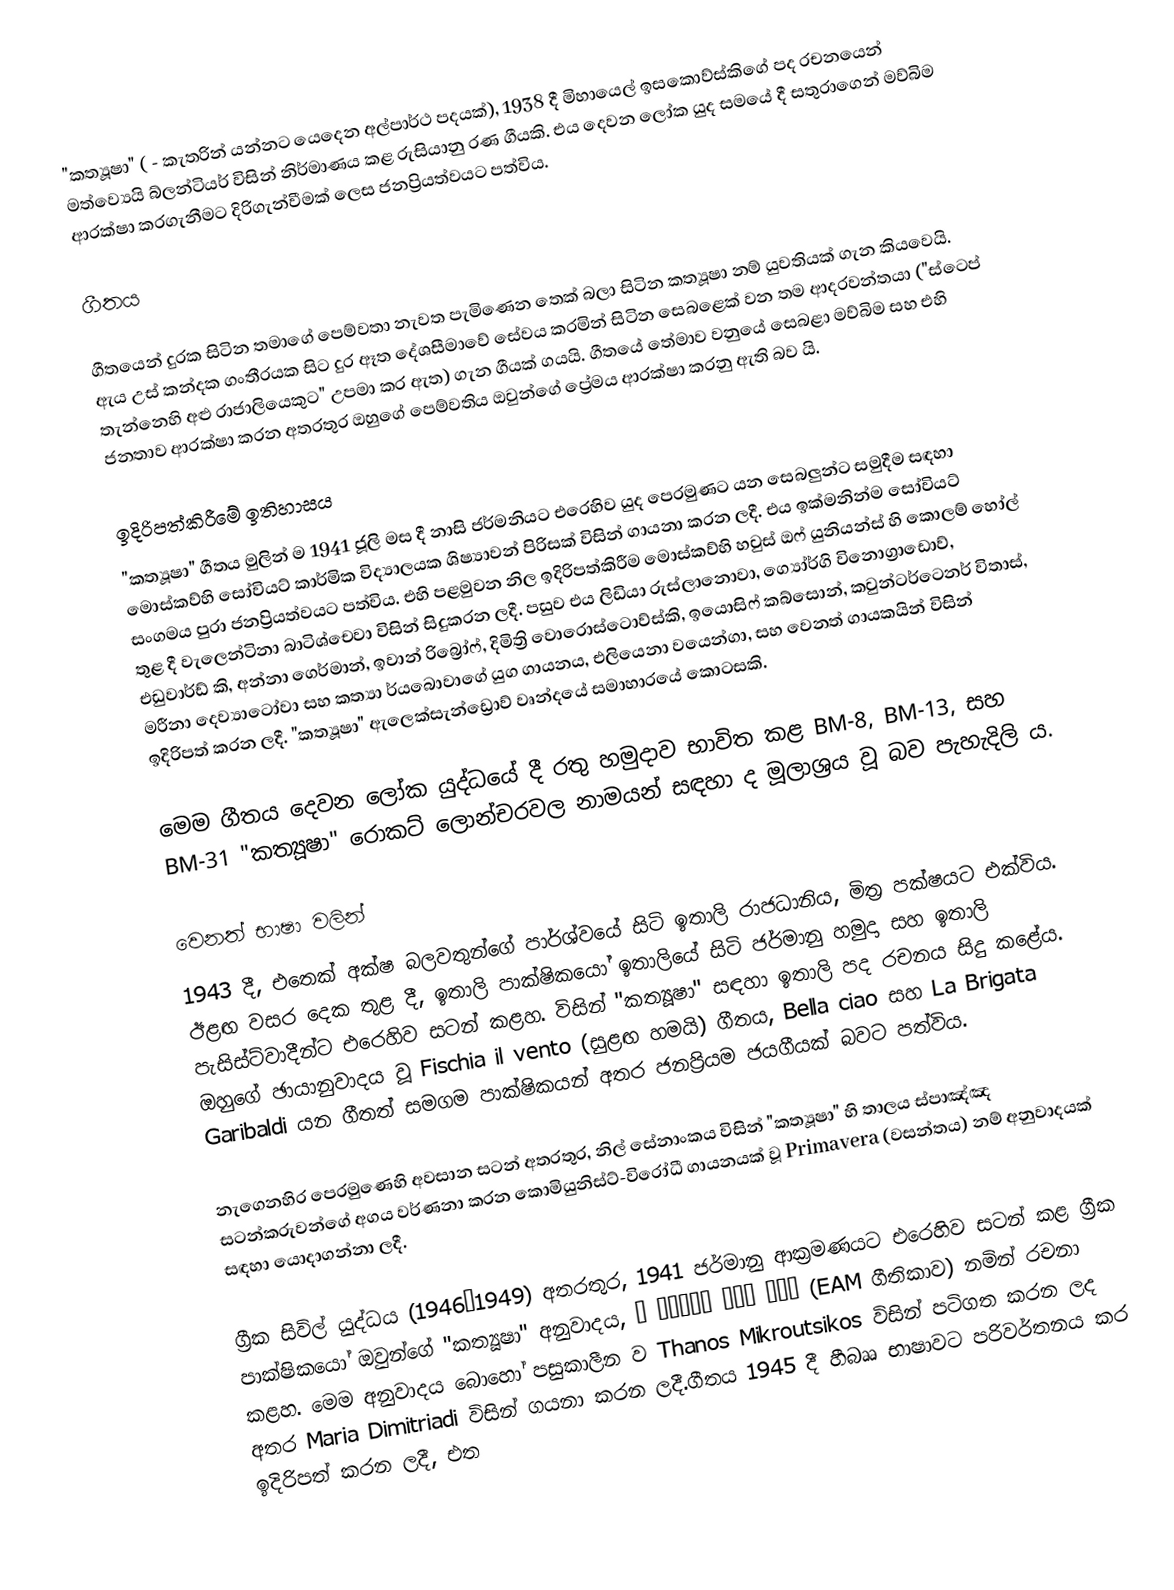
"කත්‍යූෂා" ( - කැතරින් යන්නට යෙදෙන අල්පාර්ථ පදයක්), 1938 දී මිහායෙල් ඉසකොව්ස්කිගේ පද රචනයෙන් මත්ව්‍යෙයි බ්ලන්ටියර් විසින් නිර්මාණය කළ රුසියානු රණ ගීයකි. එය දෙවන ලෝක යුද සමයේ දී සතුරාගෙන් මව්බිම ආරක්ෂා කරගැනීමට දිරිගැන්වීමක් ලෙස ජනප්‍රියත්වයට පත්විය.

ගීතය

ගීතයෙන් දුරක සිටින තමාගේ පෙම්වතා නැවත පැමිණෙන තෙක් බලා සිටින කත්‍යූෂා නම් යුවතියක් ගැන කියවෙයි. ඇය උස් කන්දක ගංතීරයක සිට දුර ඈත දේශසීමාවේ සේවය කරමින් සිටින සෙබළෙක් වන තම ආදරවන්තයා ("ස්ටෙප් තැන්නෙහි අළු රාජාලියෙකුට" උපමා කර ඇත) ගැන ගීයක් ගයයි. ගීතයේ තේමාව වනුයේ සෙබළා මව්බිම සහ එහි ජනතාව ආරක්ෂා කරන අතරතුර ඔහුගේ පෙම්වතිය ඔවුන්ගේ ප්‍රේමය ආරක්ෂා කරනු ඇති බව යි.

ඉදිරිපත්කිරීමේ ඉතිහාසය
"කත්‍යූෂා" ගීතය මුලින් ම 1941 ජූලි මස දී නාසි ජර්මනියට එරෙහිව යුද පෙරමුණට යන සෙබලුන්ට සමුදීම සඳහා මොස්කව්හි සෝවියට් කාර්මික විද්‍යාලයක ශිෂ්‍යාවන් පිරිසක් විසින් ගායනා කරන ලදී. එය ඉක්මනින්ම සෝවියට් සංගමය පුරා ජනප්‍රියත්වයට පත්විය. එහි පළමුවන නිල ඉදිරිපත්කිරීම මොස්කව්හි හවුස් ඔෆ් යුනියන්ස් හි කොලම් හෝල් තුළ දී වැලෙන්ටිනා බාටිශ්චෙවා විසින් සිදුකරන ලදී. පසුව එය ලිඩියා රුස්ලානොවා, ග්‍යෝර්ගි විනොග්‍රාඩොව්, එඩුවාර්ඩ් කි, අන්නා ගෙර්මාන්, ඉවාන් රිබ්‍රෝෆ්, දිමිත්‍රි වොරොස්ටොව්ස්කි, ඉයොසිෆ් කබ්සොන්, කවුන්ටර්ටෙනර් විතාස්, මරීනා දෙව්‍යාටෝවා සහ කත්‍යා ර්යබොවාගේ යුග ගායනය, එලියෙනා වයෙන්ගා, සහ වෙනත් ගායකයින් විසින් ඉදිරිපත් කරන ලදී. "කත්‍යූෂා" ඇලෙක්සැන්ඩ්‍රොව් වෘන්දයේ සමාහාරයේ කොටසකි.

මෙම ගීතය දෙවන ලෝක යුද්ධයේ දී රතු හමුදාව භාවිත කළ BM-8, BM-13, සහ BM-31 "කත්‍යූෂා" රොකට් ලොන්චරවල නාමයන් සඳහා ද මූලාශ්‍රය වූ බව පැහැදිලි ය.

වෙනත් භාෂා වලින්
1943 දී, එතෙක් අක්ෂ බලවතුන්ගේ පාර්ශ්වයේ සිටි ඉතාලි රාජධානිය, මිත්‍ර පක්ෂයට එක්විය. ඊළඟ වසර දෙක තුළ දී, ඉතාලි පාක්ෂිකයෝ ඉතාලියේ සිටි ජර්මානු හමුදා සහ ඉතාලි පැසිස්ට්වාදීන්ට එරෙහිව සටන් කළහ.  විසින් "කත්‍යූෂා" සඳහා ඉතාලි පද රචනය සිදු කළේය. ඔහුගේ ඡායානුවාදය වූ Fischia il vento (සුළඟ හමයි) ගීතය, Bella ciao සහ La Brigata Garibaldi යන ගීතත් සමගම පාක්ෂිකයන් අතර ජනප්‍රියම ජයගීයක් බවට පත්විය.

නැගෙනහිර පෙරමුණෙහි අවසාන සටන් අතරතුර, නිල් සේනාංකය විසින් "කත්‍යූෂා" හි තාලය ස්පාඤ්ඤ සටන්කරුවන්ගේ අගය වර්ණනා කරන කොමියුනිස්ට්-විරෝධී ගායනයක් වූ Primavera (වසන්තය) නම් අනුවාදයක් සඳහා යොදාගන්නා ලදී.

ග්‍රීක සිවිල් යුද්ධය (1946–1949) අතරතුර, 1941 ජර්මානු ආක්‍රමණයට එරෙහිව සටන් කළ ග්‍රීක පාක්ෂිකයෝ ඔවුන්ගේ "කත්‍යූෂා" අනුවාදය, Ο ύμνος του ΕΑΜ (EAM ගීතිකාව) නමින් රචනා කළහ. මෙම අනුවාදය බොහෝ පසුකාලීන ව Thanos Mikroutsikos විසින් පටිගත කරන ලද අතර Maria Dimitriadi විසින් ගයනා කරන ලදී.ගීතය 1945 දී හීබෲ භාෂාවට පරිවර්තනය කර ඉදිරිපත් කරන ලදී, එත